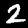
Label: 2